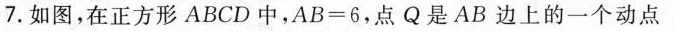
7.如图，在正方形ABCD中，$$A B = 6$$，点Q是AB边上的一个动点